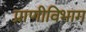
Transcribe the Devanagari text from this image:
प्राणीविभाग